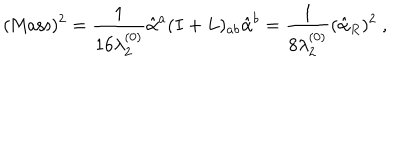
LaTeX: ( \mathrm { M a s s } ) ^ { 2 } = { \frac { 1 } { 1 6 \lambda _ { 2 } ^ { ( 0 ) } } } \hat { \alpha } ^ { a } ( I + L ) _ { a b } \hat { \alpha } ^ { b } = { \frac { 1 } { 8 \lambda _ { 2 } ^ { ( 0 ) } } } ( \hat { \alpha } _ { R } ) ^ { 2 } ~ ,